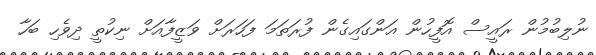
ނުލިބުމުން ރައީސް އޮފީހުން އަންގައިގެން ފުރަތަމަ ފަހަރަށް ވަޒީފާއަށް ނިކުތީ ދިވެހި ބަހާ